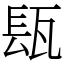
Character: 瓺